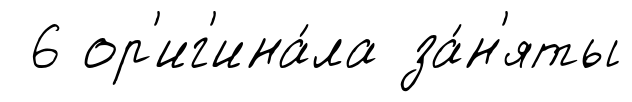
6 ор'иг'ина́ла за́н'яты